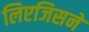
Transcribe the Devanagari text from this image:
लिएजिसने